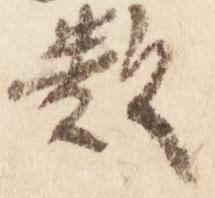
類